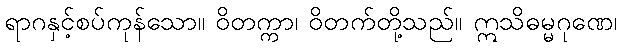
ရာဂနှင့်စပ်ကုန်သော။ ဝိတက္ကာ၊ ဝိတက်တို့သည်။ ဣသိဓမ္မဂုဏေ၊